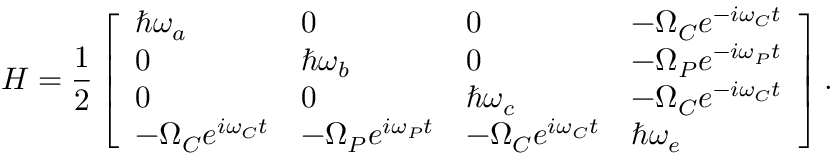
H = \frac { 1 } { 2 } \left[ \begin{array} { l l l l } { \hbar \omega _ { a } } & { 0 } & { 0 } & { - \Omega _ { C } e ^ { - i \omega _ { C } t } } \\ { 0 } & { \hbar \omega _ { b } } & { 0 } & { - \Omega _ { P } e ^ { - i \omega _ { P } t } } \\ { 0 } & { 0 } & { \hbar \omega _ { c } } & { - \Omega _ { C } e ^ { - i \omega _ { C } t } } \\ { - \Omega _ { C } e ^ { i \omega _ { C } t } } & { - \Omega _ { P } e ^ { i \omega _ { P } t } } & { - \Omega _ { C } e ^ { i \omega _ { C } t } } & { \hbar \omega _ { e } } \end{array} \right] .